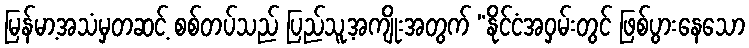
မြန်မာ့အသံမှတဆင့် စစ်တပ်သည် ပြည်သူ့အကျိုးအတွက် “နိုင်ငံအဝှမ်းတွင် ဖြစ်ပွားနေသော